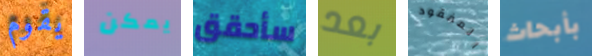
يقوم يمكن سأحقق بعد المفقود بأبحاث